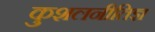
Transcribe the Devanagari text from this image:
कुशलनीतिज्ञ